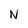
Character: N